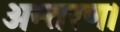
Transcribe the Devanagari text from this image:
अन्तरण।